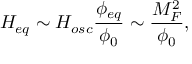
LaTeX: H _ { e q } \sim H _ { o s c } \frac { \phi _ { e q } } { \phi _ { 0 } } \sim \frac { M _ { F } ^ { 2 } } { \phi _ { 0 } } ,